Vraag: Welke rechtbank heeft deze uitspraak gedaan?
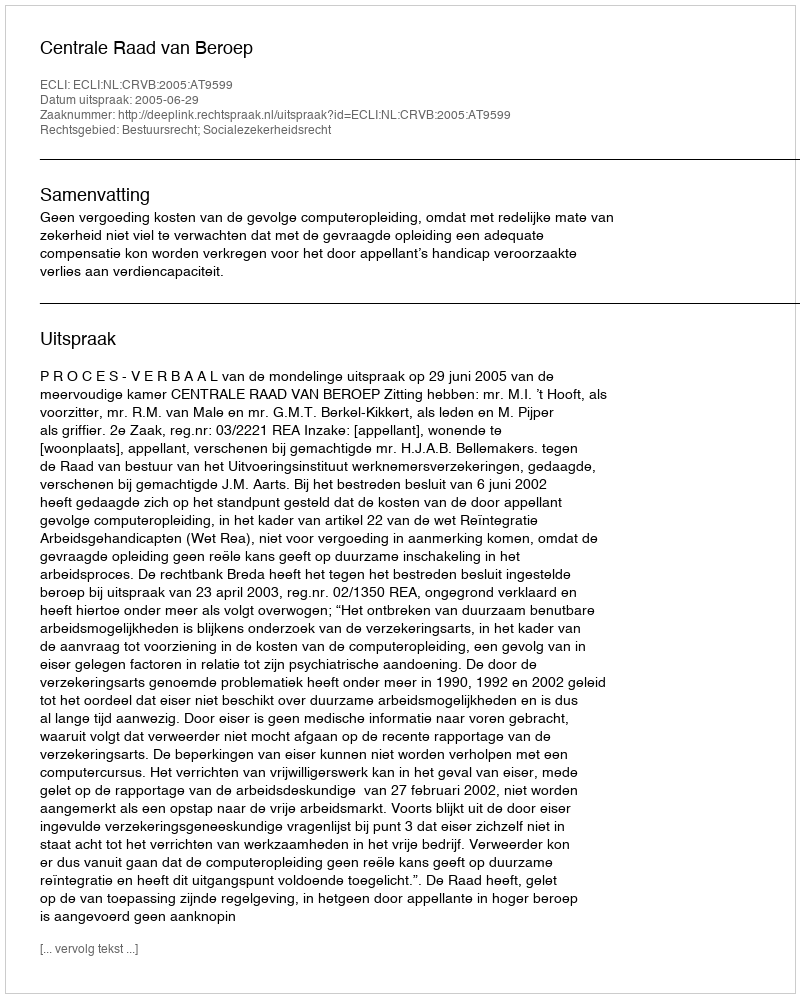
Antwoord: Centrale Raad van Beroep